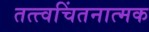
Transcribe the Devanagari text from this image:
तत्त्वचिंतनात्मक